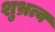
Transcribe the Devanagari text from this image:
शुभ्रत्व